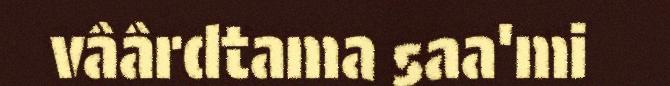
vâârdtama saa'mi